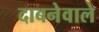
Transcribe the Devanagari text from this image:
दाबनेवाले